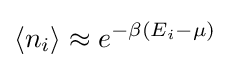
\langle n_{i}\rangle \approx e^{-\beta (E_{i}-\mu )}